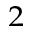
^ 2